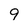
Character: 9